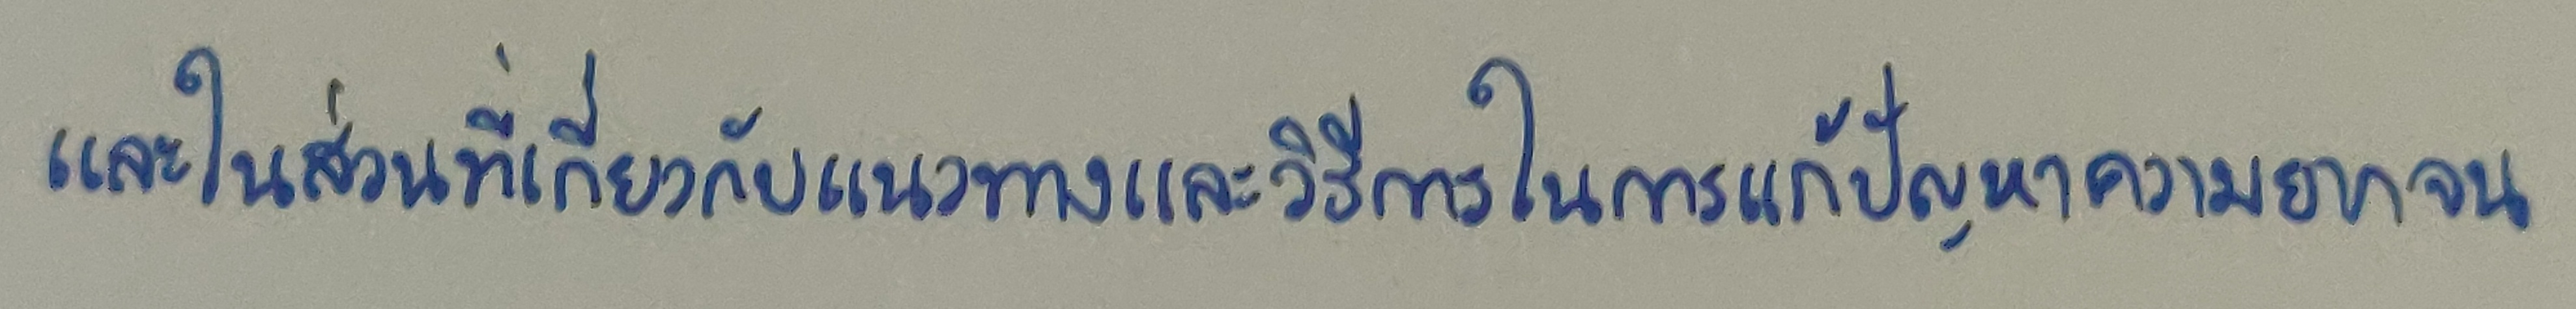
และในส่วนที่เกี่ยวกับแนวทางและวิธีการในการแก้ปัญหาความยากจน